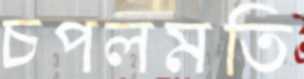
চপলমতি